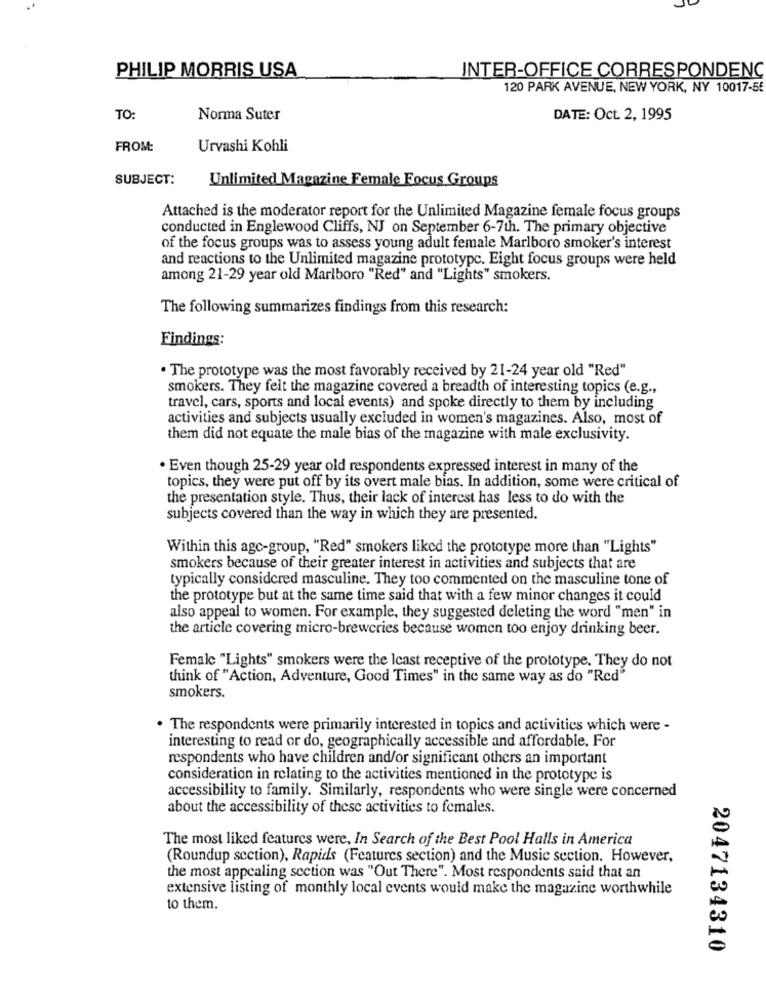
PHILIP MORRIS USA
INTER-OFFICE CORRESPONDENC
120 PARK AVENUE, NEW YORK, NY 10017-55
TO:
Norma Suter
DATE: Oct. 2, 1995
FROM:
Urvashi Kohli
SUBJECT:
Unlimited Magazine Female Focus Groups
Attached is the moderator report for the Unlimited Magazine female focus groups
conducted in Englewood Cliffs, NJ on September 6-7th. The primary objective
of the focus groups was to assess young adult female Marlboro smoker's interest
and reactions to the Unlimited magazine prototype. Eight focus groups were held
among 21-29 year old Marlboro "Red" and "Lights" smokers.
The following summarizes findings from this research:
Findings:
. The prototype was the most favorably received by 21-24 year old "Red"
smokers. They felt the magazine covered a breadth of interesting topics (e.g .,
travel, cars, sports and local events) and spoke directly to them by including
activities and subjects usually excluded in women's magazines. Also, most of
them did not equate the male bias of the magazine with male exclusivity.
. Even though 25-29 year old respondents expressed interest in many of the
topics, they were put off by its overt male bias. In addition, some were critical of
the presentation style. Thus, their lack of interest has less to do with the
subjects covered than the way in which they are presented.
Within this age-group, "Red" smokers liked the prototype more than "Lights"
smokers because of their greater interest in activities and subjects that are
typically considered masculine. They too commented on the masculine tone of
the prototype but at the same time said that with a few minor changes it could
also appeal to women. For example, they suggested deleting the word "men" in
the article covering micro-breweries because women too enjoy drinking beer.
Female "Lights" smokers were the Icast receptive of the prototype. They do not
think of "Action, Adventure, Good Times" in the same way as do "Red"
smokers.
. The respondents were primarily interested in topics and activities which were -
interesting to read or do, geographically accessible and affordable. For
respondents who have children and/or significant others an important
consideration in relating to the activities mentioned in the prototype is
accessibility to family. Similarly, respondents who were single were concerned
about the accessibility of these activities to females.
The most liked features were, In Search of the Best Pool Halls in America
(Roundup section), Rapids (Features section) and the Music section. However,
the most appealing section was "Out There". Most respondents said that an
extensive listing of monthly local events would make the magazine worthwhile
to them.
2047134310